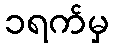
၁ရက်မှ